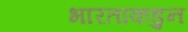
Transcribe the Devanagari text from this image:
भारताकडुन